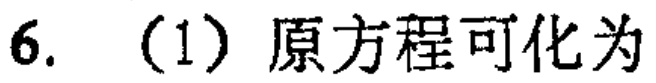
6. （1）原方程可化为